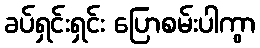
ခပ်ရှင်းရှင်း ပြောစမ်းပါကွာ